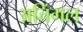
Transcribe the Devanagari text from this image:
अत्तिंगल